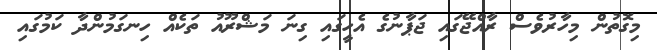
މިގޮތުން މިހާރުވެސް ރާއްޖޭގައި ޖަޕާނުގެ އެހީގައި ގިނަ މަޝްރޫއު ތަކެއް ހިނގަމުންދާ ކަމުގައި